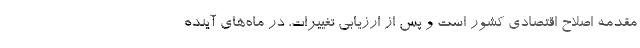
مقدمه اصلاح اقتصادی کشور است و پس از ارزیابی تغییرات، در ماه‌های آینده